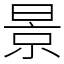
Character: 景